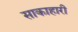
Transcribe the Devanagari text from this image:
साकाहारी